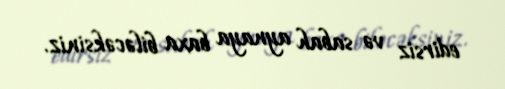
edirsiz və sabah aynaya baxa biləcəksiniz.